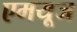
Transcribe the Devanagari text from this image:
एमयूज